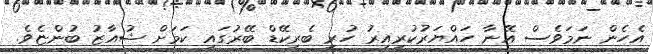
އެހެން ނަމަވެސް އޭނާ ހައްޔަރުކުރިއިރު ހުރީ ބެރިކޭޑް ބޭރުގައި ކަމަށް ޝުއާޒު ބުންޏެވެ.